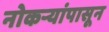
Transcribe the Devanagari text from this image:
नोकऱ्यांपासून